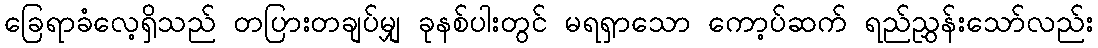
ခြေရာခံလေ့ရှိသည် တပြားတချပ်မျှ ခုနစ်ပါးတွင် မရရှာသော ကော့ပ်ဆက် ရည်ညွှန်းသော်လည်း